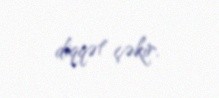
diqqət çəkir.